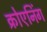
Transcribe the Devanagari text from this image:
क्रोएनिंग